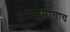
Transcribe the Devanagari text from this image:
अभ्यासाचाच